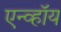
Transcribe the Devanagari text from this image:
एन्व्हॉय